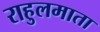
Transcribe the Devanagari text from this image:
राहुलमाता